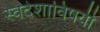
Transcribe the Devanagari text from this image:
स्वदेशाविषयी